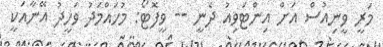
މަރީ ވީނިއުސް އަށް އިންޓަވިއު ދެނީ -- ވީފޮޓޯ: މުހައްމަދު ވަހީދު އޭނާއަކީ